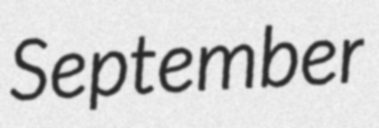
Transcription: September